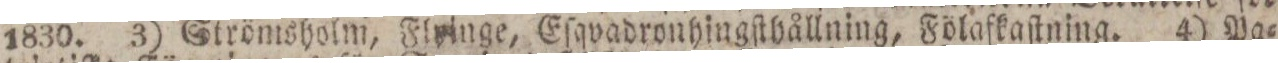
1830. 3) Strömsholm, Flyinge, Eſqvadronhingſthållning, Fölafkaſtning. 4) Pa=